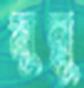
মুন্নু